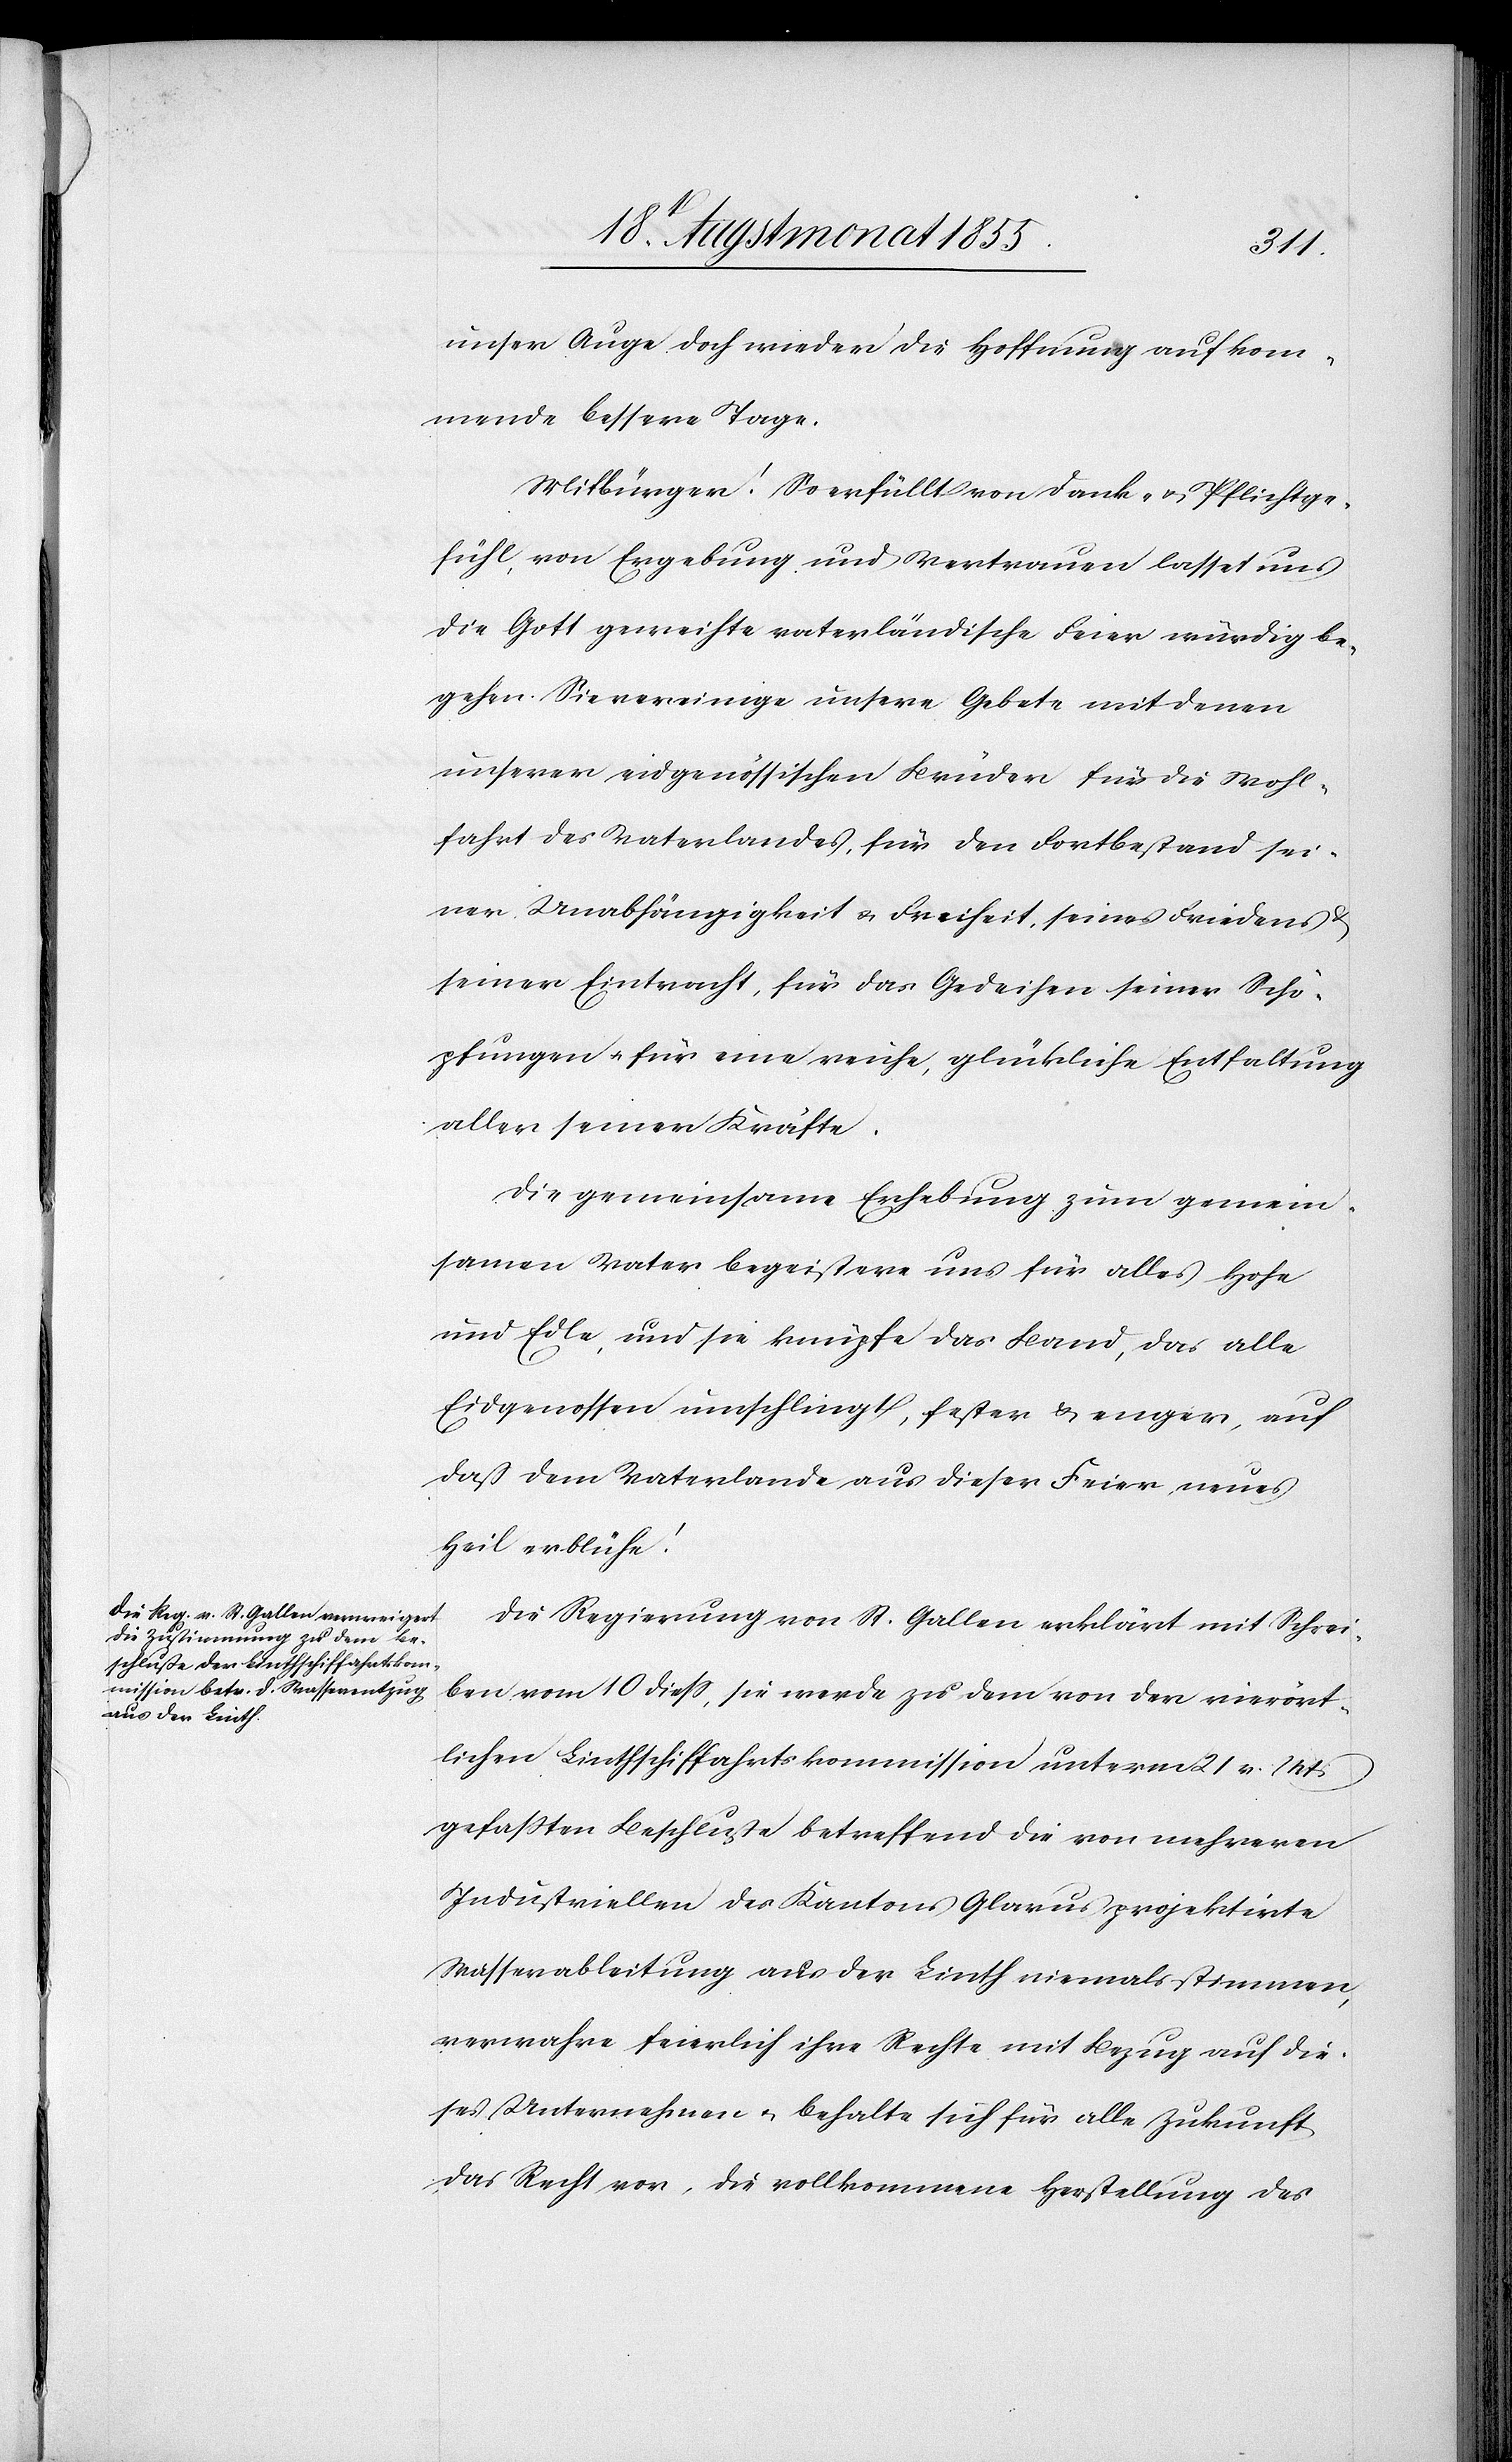
unser Auge doch wieder die Hoffnung auf kom¬
mende bessere Tage.
Mitbürger! So erfüllt von Dank- & Pflichtge¬
fühl, von Ergebung und Vertrauen lasset uns
die Gott geweihte vaterländische Feier würdig be¬
gehen. Sie vereinige unsere Gebete mit denen
unserer eidgenössischen Brüder für die Wohl¬
fahrt des Vaterlandes, für den Fortbestand sei¬
ner Unabhängigkeit & Freiheit, seines Friedens
seiner Eintracht, für das Gedeihen seiner Schö¬
pfungen & für eine reiche, glückliche Entfaltung
aller seiner Kräfte.
Die gemeinsame Erhebung zum gemein¬
samen Vater begeistere uns für alles Hohe
und Edle, und sie knüpfe das Band, das alle
Eidgenossen umschlingt, fester & enger, auf
daß dem Vaterlande aus dieser Feier neues
Heil erblühe!
Die Regierung von St. Gallen erklärt mit Schrei¬
ben vom 10 diess, sie werde zu dem von der vierört¬
lichen Linthschiffahrtskommission unterm 21 v. Mts
gefassten Beschluße betreffend die von mehreren
Industriellen des Kantons Glarus projektirte
Wasserableitung aus der Linth niemals stimmen,
verwahre feierlich ihre Rechte mit Bezug auf die¬
ses Unternehmen & behalte sich für alle Zukunft
das Recht vor, die vollkommene Herstellung des